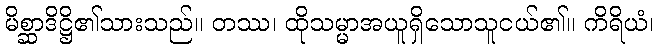
မိစ္ဆာဒိဋ္ဌိ၏သားသည်။ တဿ၊ ထိုသမ္မာအယူရှိသောသူငယ်၏။ ကိရိယံ၊